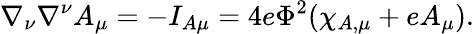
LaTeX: \nabla_{\nu}\nabla^{\nu}A_{\mu}=-I_{A\mu}=4e\Phi^{2}(\chi_{A,\mu}+eA_{\mu}).